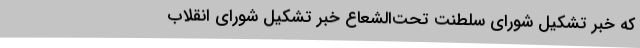
که‌ خبر تشکیل‌ شورای‌ سلطنت‌ تحت‌الشعاع‌ خبر تشکیل‌ شورای‌ انقلاب‌